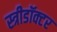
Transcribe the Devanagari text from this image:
स्त्रीडॉक्टर